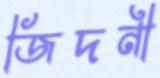
জিদনী